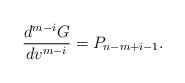
\begin{align*} \frac{d^{m-i}G}{dv^{m-i}}=P_{n-m+i-1}.\end{align*}